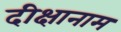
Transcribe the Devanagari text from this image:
दीक्षानाम